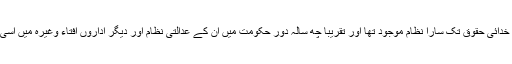
جس میں انسانی حقوق سے لیکر خدائی حقوق تک سارا نظام موجود تھا اور تقریباً چھ سالہ دور حکومت میں ان کے عدالتی نظام اور دیگر اداروں افتاء وغیرہ میں اسی کے مطابق فیصلے ہوتے رہے۔